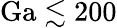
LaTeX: \mathrm{Ga}\lesssim 200